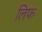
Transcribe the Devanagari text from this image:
लिफ